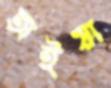
অইয়া